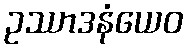
ဥဿာဒနံယေဝ